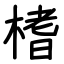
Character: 榰